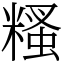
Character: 糔